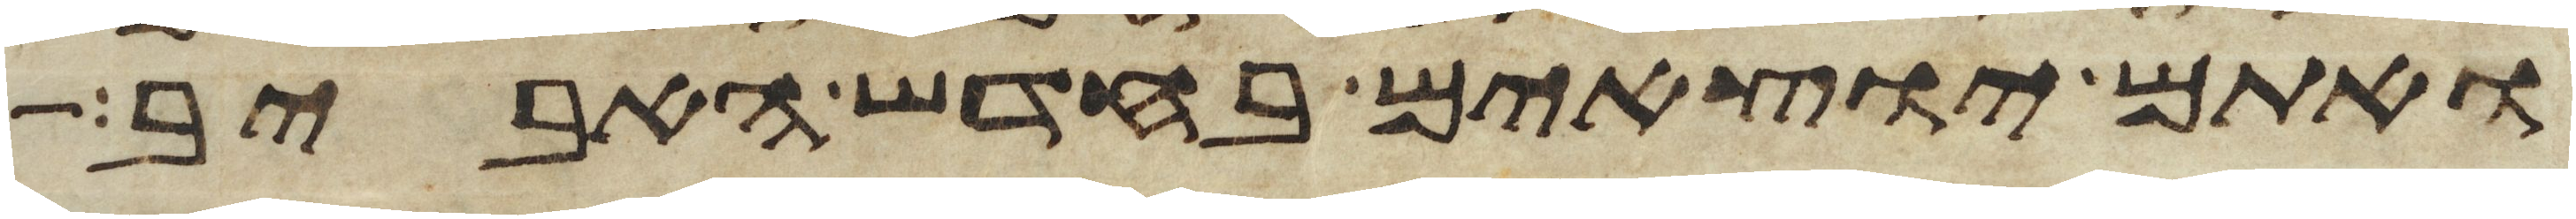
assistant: ואתם יוצאים בחדש האביב